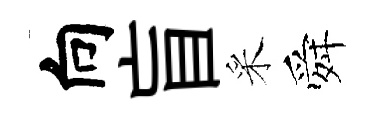
向盲采舜